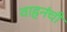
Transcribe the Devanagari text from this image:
वाहनंची